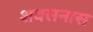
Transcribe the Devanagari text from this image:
शवसनास